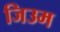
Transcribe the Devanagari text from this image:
जिउम